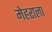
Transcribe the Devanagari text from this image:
मेहराला